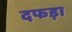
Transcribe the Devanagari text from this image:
दफड़ा